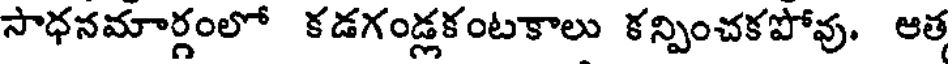
సాధనమార్గంలో కడగండ్లకంటకాలు కన్పించకపోవు. ఆత